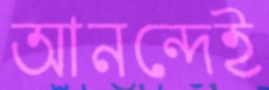
আনন্দেই